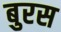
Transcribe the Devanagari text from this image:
बुरस